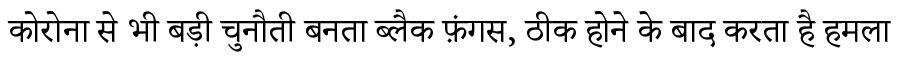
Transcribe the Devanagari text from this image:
कोरोना से भी बड़ी चुनौती बनता ब्लैक फ़ंगस, ठीक होने के बाद करता है हमला